Lock hospitals Punjab
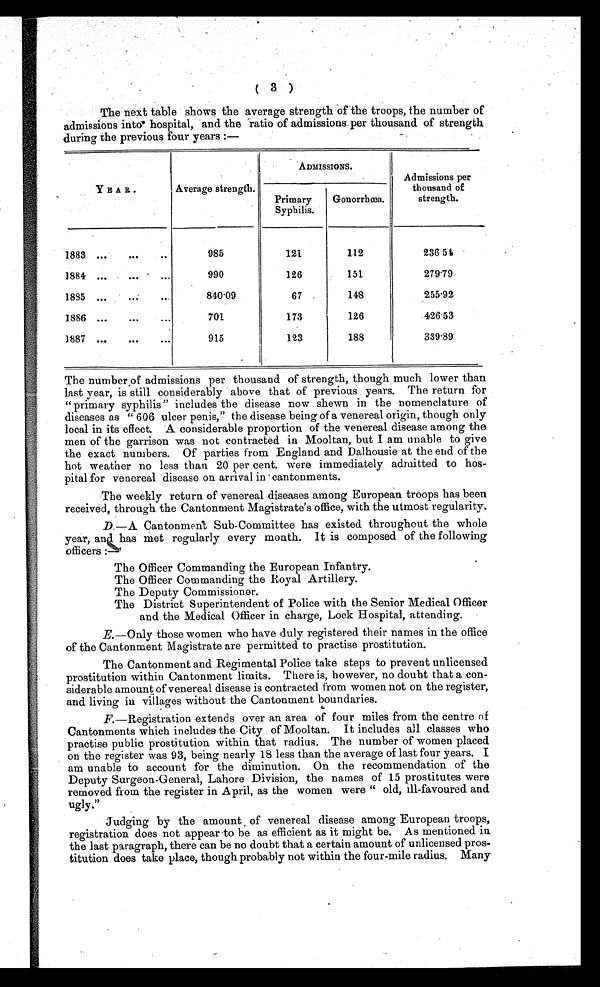
( 3 )
The next table shows the average strength of the troops, the number of
admissions into hospital, and the ratio of admissions per thousand of strength
during the previous four years :—
Y E A R.
Average s t r e n g t h .
ADMISSIONS.
Admissions per
thousand of
strength.
Primary
Syphilis.
Gonorrhœa.
1883 ...
.... ..
985
121
112
236.54
1884 ...
...
...
990
126
151
279.79
1885 ...
...
...
840.09
67
148
255.92
1886 ...
...
701
173
126
426.53
1887 ...
...
...
915
123
188
339.89
The number of admissions per thousand of strength, though much lower than
last year, is still considerably above that of previous years. The return for
" primary syphilis " includes the disease now shewn in the nomenclature of
diseases as " 606 ulcer penis," the disease being of a venereal origin, though only
local in its effect. A considerable proportion of the venereal disease among the
men of the garrison was not contracted in Mooltan, but I am unable to give
the exact numbers. Of parties from England and Dalhousie at the end of the
hot weather no less than 20 per cent. were immediately admitted to hos-
pital for venereal disease on arrival in cantonments.
The weekly return of venereal diseases among European troops has been
received, through the Cantonment Magistrate's office, with the utmost regularity.
D.
—A Cantonment Sub-Committee has existed throughout the whole
year, and has met regularly every month. It is composed of the following
officers :
The Officer Commanding the European Infantry.
The Officer Commanding the Royal Artillery.
The Deputy Commissioner.
The District Superintendent of Police with the Senior Medical Officer
and the Medical Officer in charge, Lock Hospital, attending.
E.—Only those women who have duly registered their names in the office
of the Cantonment Magistrate are permitted to practise prostitution.
The Cantonment and Regimental Police take steps to prevent unlicensed
prostitution within Cantonment limits. There is, however, no doubt that a con-
siderable amount of venereal disease is contracted from women not on the register,
and living in villages without the Cantonment boundaries.
F.—Registration extends over an area of four miles from the centre of
Cantonments which includes the City of Mooltan. It includes all classes who
practise public prostitution within that radius. The number of women placed
on the register was 93, being nearly 18 less than the average of last four years. I
am unable to account for the diminution. On the recommendation of the
Deputy Surgeon-General, Lahore Division, the names of 15 prostitutes were
removed from the register in April, as the women were " old, ill-favoured and
ugly."
Judging by the amount of venereal disease among European troops,
registration does not appear to be as efficient as it might be. As mentioned in.
the last paragraph, there can be no doubt that a certain amount of unlicensed pros-
titution does take place, though probably not within the four-mile radius. Many